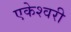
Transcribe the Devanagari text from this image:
एकेश्वरी